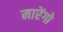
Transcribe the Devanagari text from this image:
मारेंगो